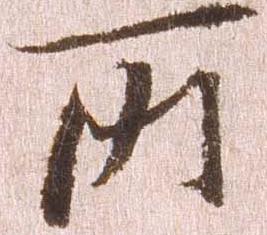
所